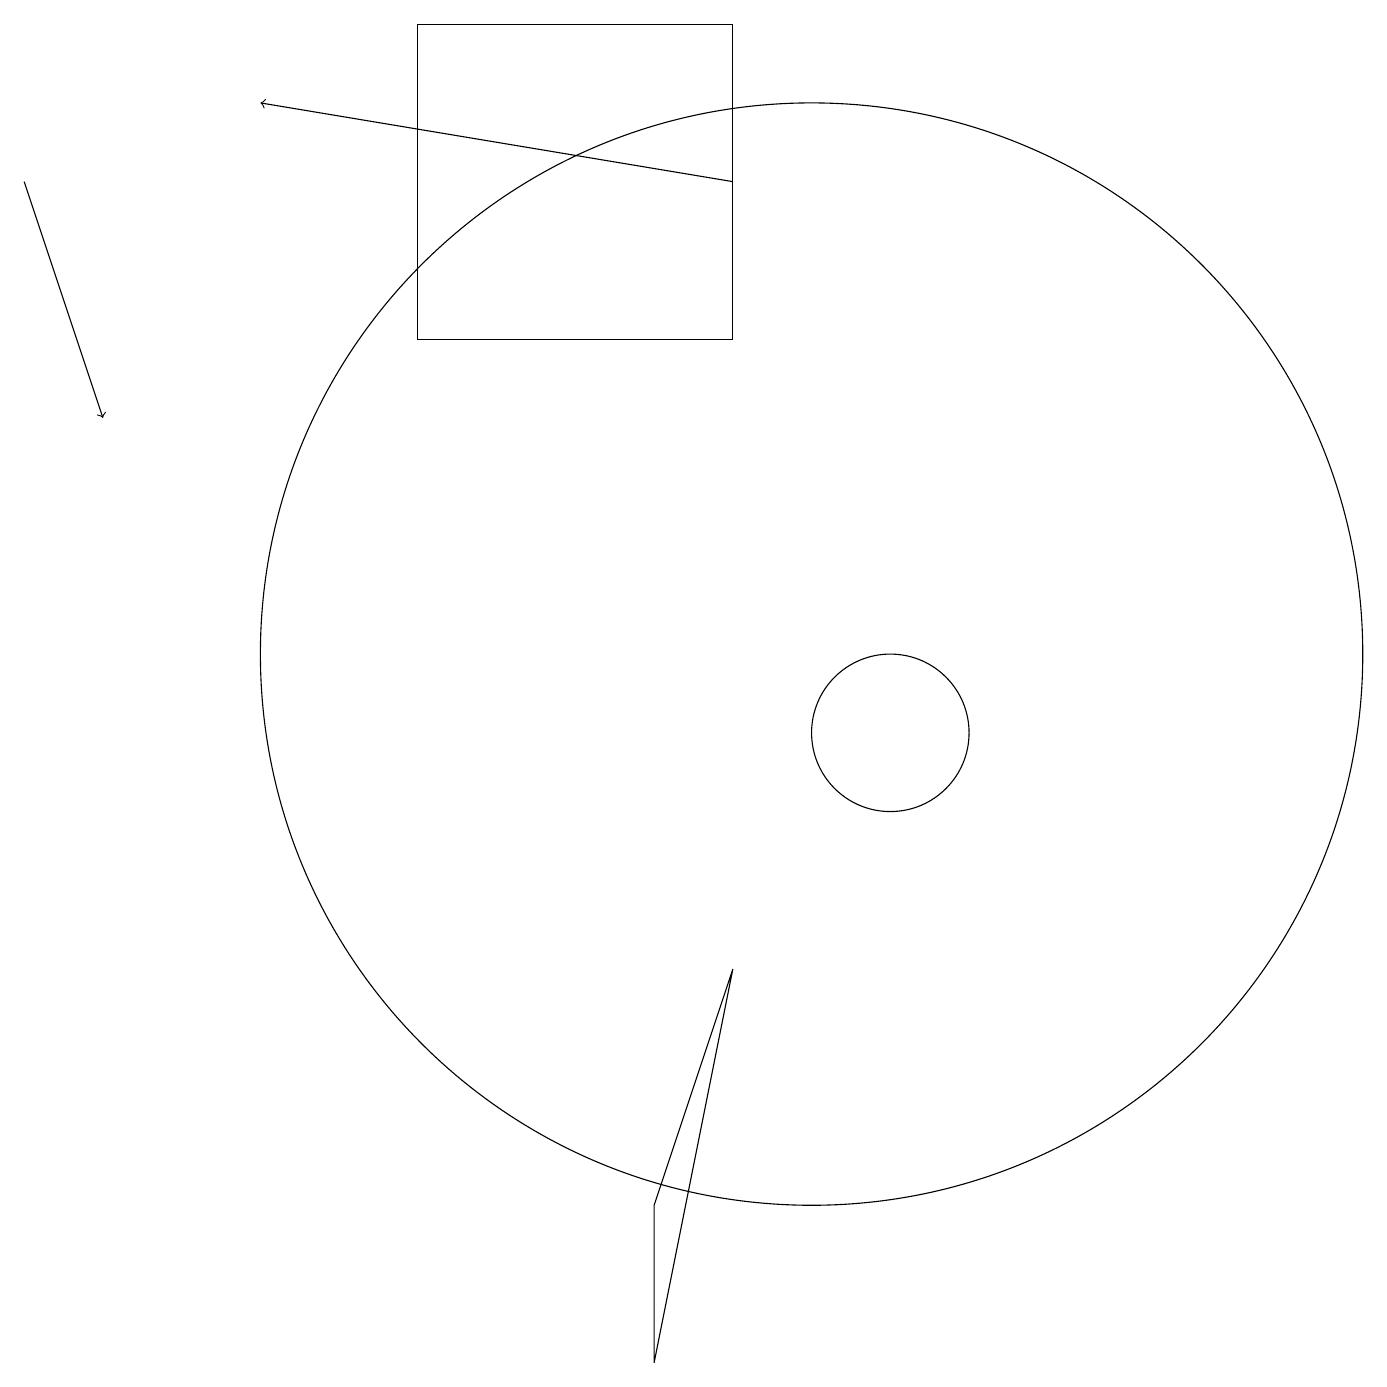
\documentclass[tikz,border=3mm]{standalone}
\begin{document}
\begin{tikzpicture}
\draw (8,2) -- (9,7) -- (8,4) -- cycle;
\draw[->] (9,17) -- (3,18);
\draw (5,19) rectangle (9,15);
\draw (11,10) circle (1);
\draw[->] (0,17) -- (1,14);
\draw (10,11) circle (7);
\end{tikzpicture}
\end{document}